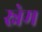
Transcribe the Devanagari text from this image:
स्नेम